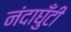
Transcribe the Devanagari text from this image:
नंदाघुँटी